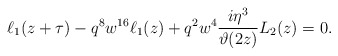
\begin{align*}\ell_1(z+\tau)-q^8w^{16}\ell_1(z)+q^2w^4\frac{i\eta^3}{\vartheta(2z)}L_2(z)=0.\end{align*}